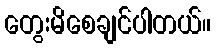
တွေးမိစေချင်ပါတယ်။